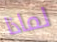
لماذا